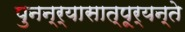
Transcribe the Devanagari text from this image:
पुनन्र्यासात्पूर्यन्ते